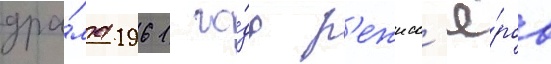
дра́ма 1961 го́да р'ежисс'ё́ров